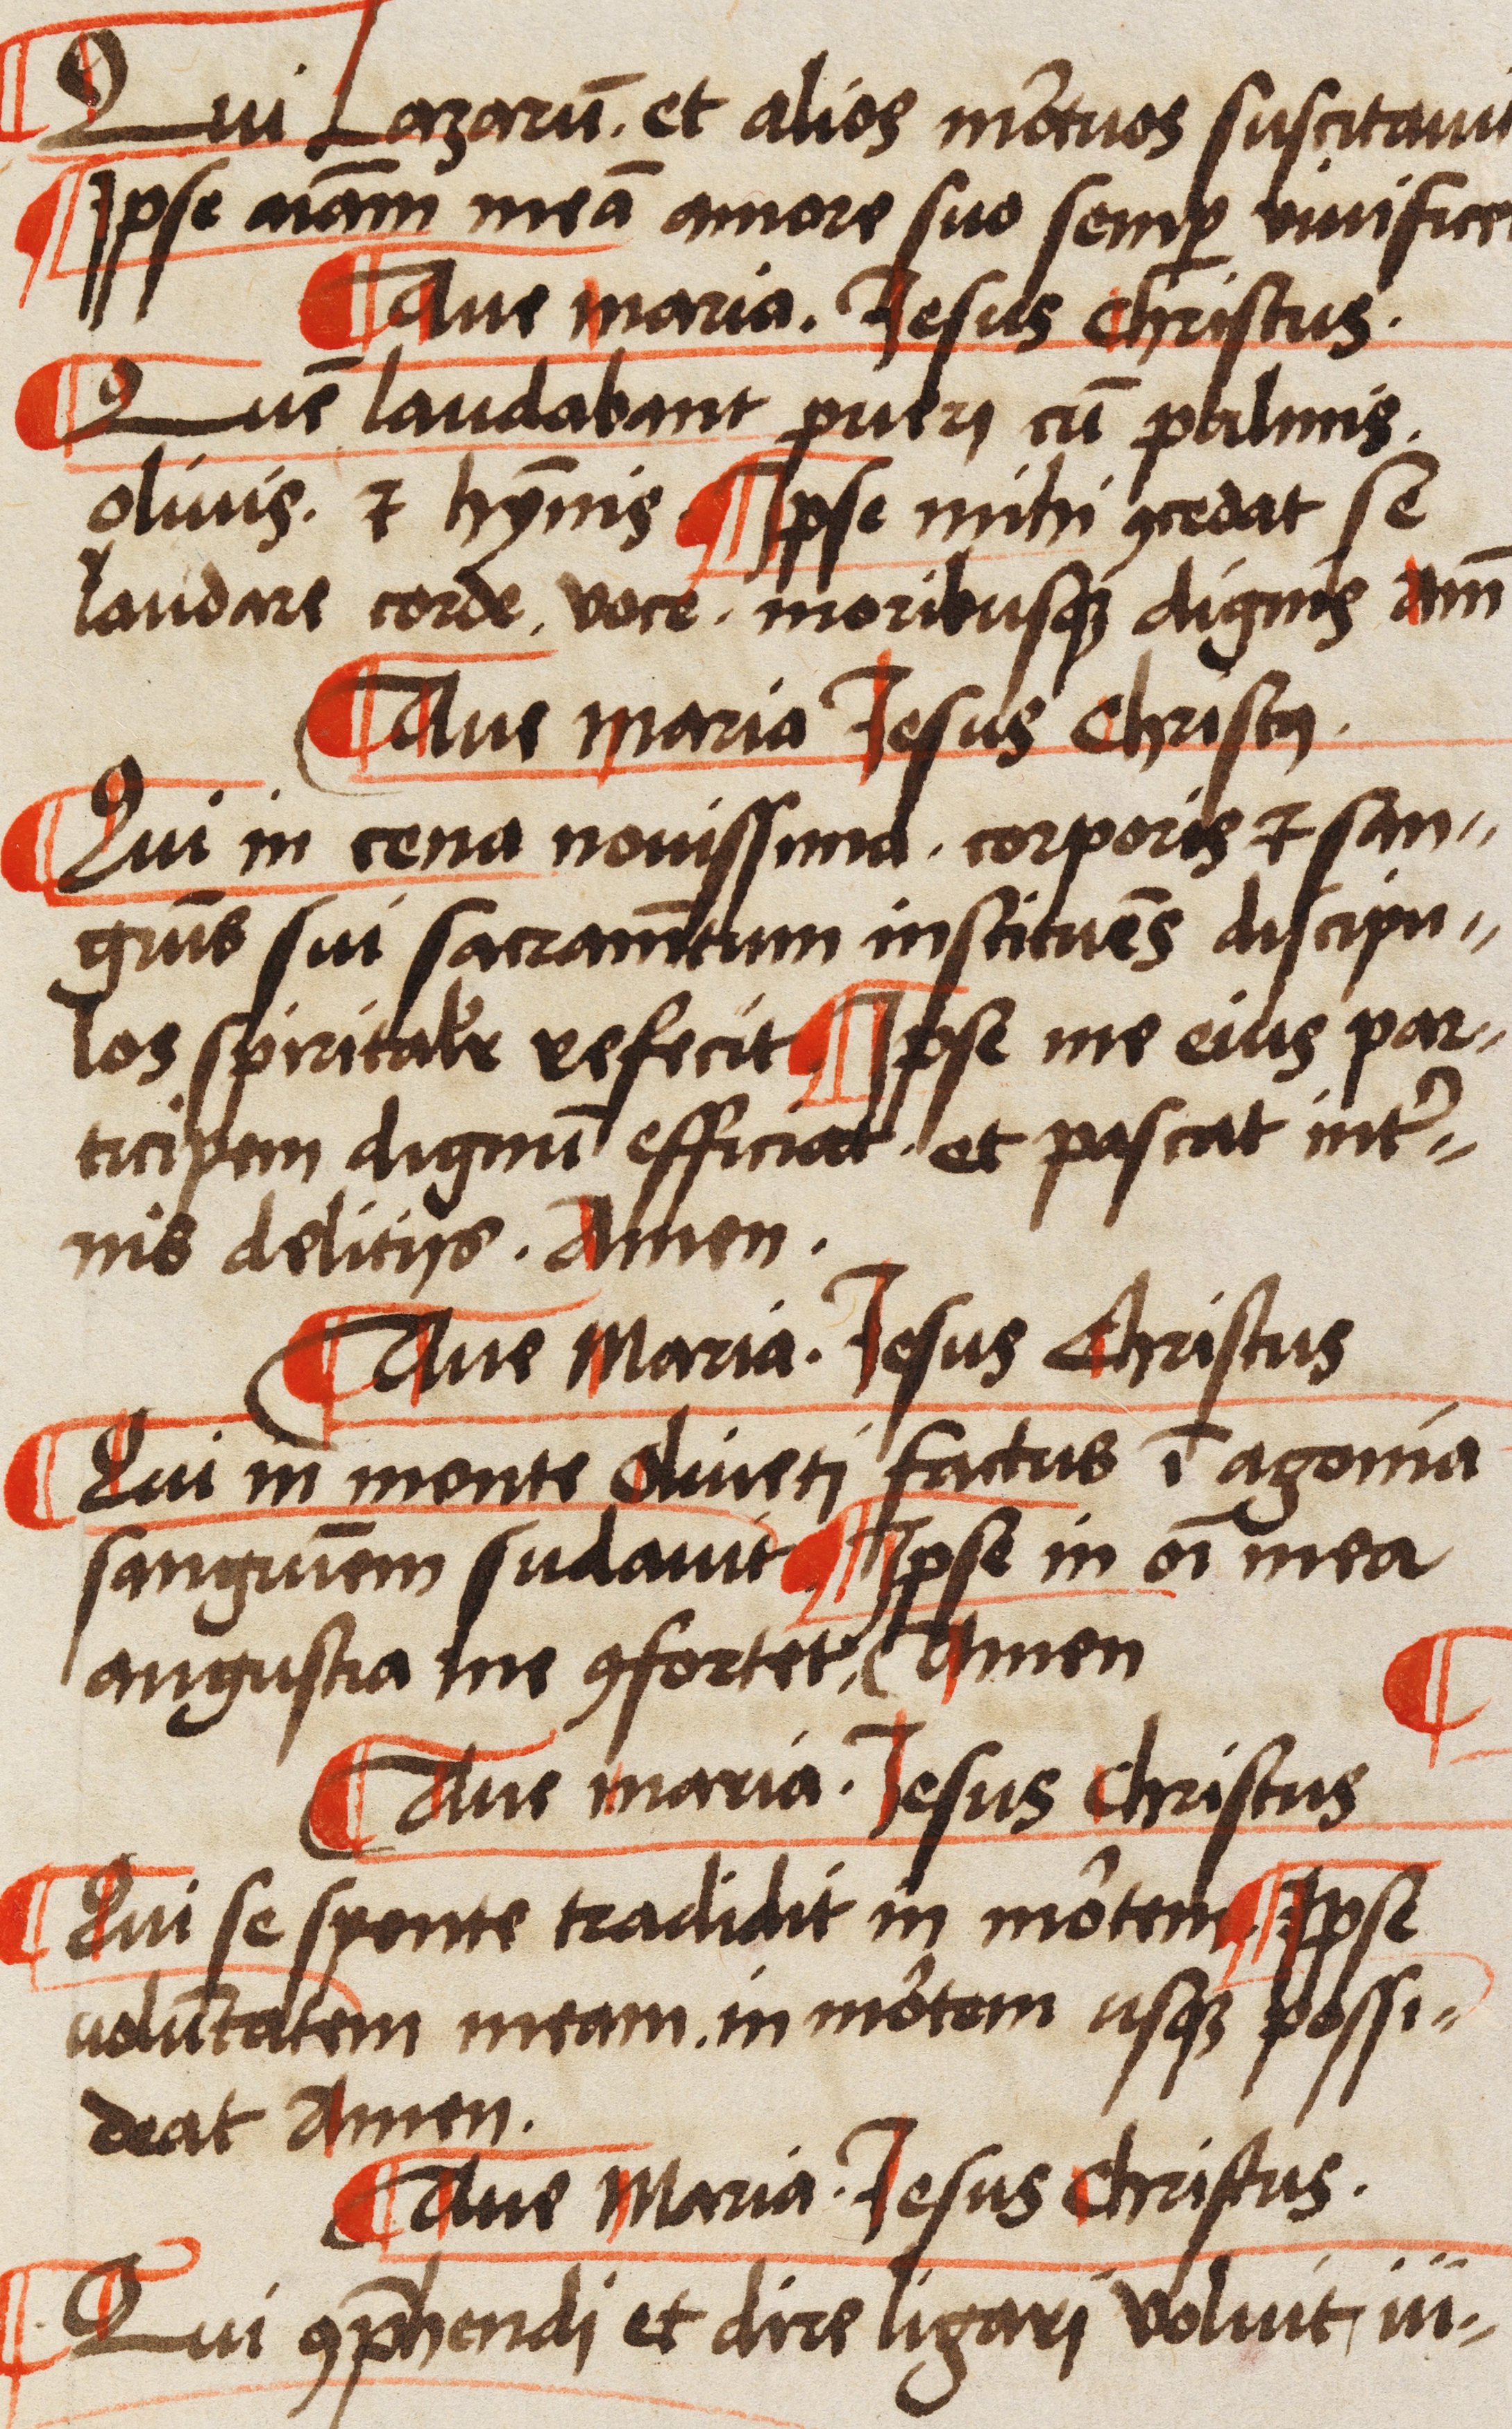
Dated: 1523–1523